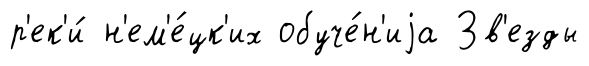
р'ек'и́ н'ем'е́цк'их обуче́н'иjа Зв'езды